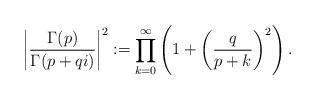
LaTeX: \begin{align*}\left| \frac{ \Gamma (p) }{ \Gamma( p + qi) } \right|^2 := \prod_{ k = 0}^\infty \left( 1 + \left( \frac{q}{p+k} \right)^2 \right).\end{align*}